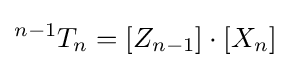
{}^{n-1}T_{n}=[Z_{n-1}]\cdot [X_{n}]